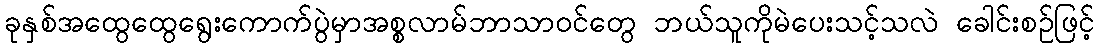
ခုနှစ်အထွေထွေရွေးကောက်ပွဲမှာအစ္စလာမ်ဘာသာဝင်တွေ ဘယ်သူကိုမဲပေးသင့်သလဲ ခေါင်းစဉ်ဖြင့်